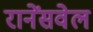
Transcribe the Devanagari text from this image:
रानेंसवेल